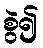
စွဲ၍